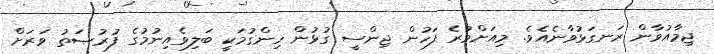
ޖިމާއުވާން ރަނގަޅުވާނެއެވެ. މިއަށްވުރެ ފަހުން ޖިންސީ ގުޅުން ހިންގުމަކީ ބަލިވެއިނުމުގެ ފުރުޞަތު ވަރަށް